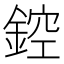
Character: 𨨀